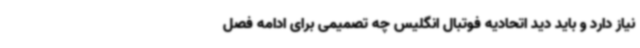
نیاز دارد و باید دید اتحادیه فوتبال انگلیس چه تصمیمی برای ادامه فصل